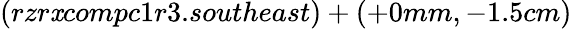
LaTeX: (rzr\mathit{x}compc1r3.southeast)+(+0mm,-1.5cm)